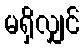
မရှိလျှင်